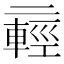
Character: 𫡸